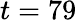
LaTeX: t=79